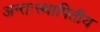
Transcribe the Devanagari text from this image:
अन्तःस्थापितीय